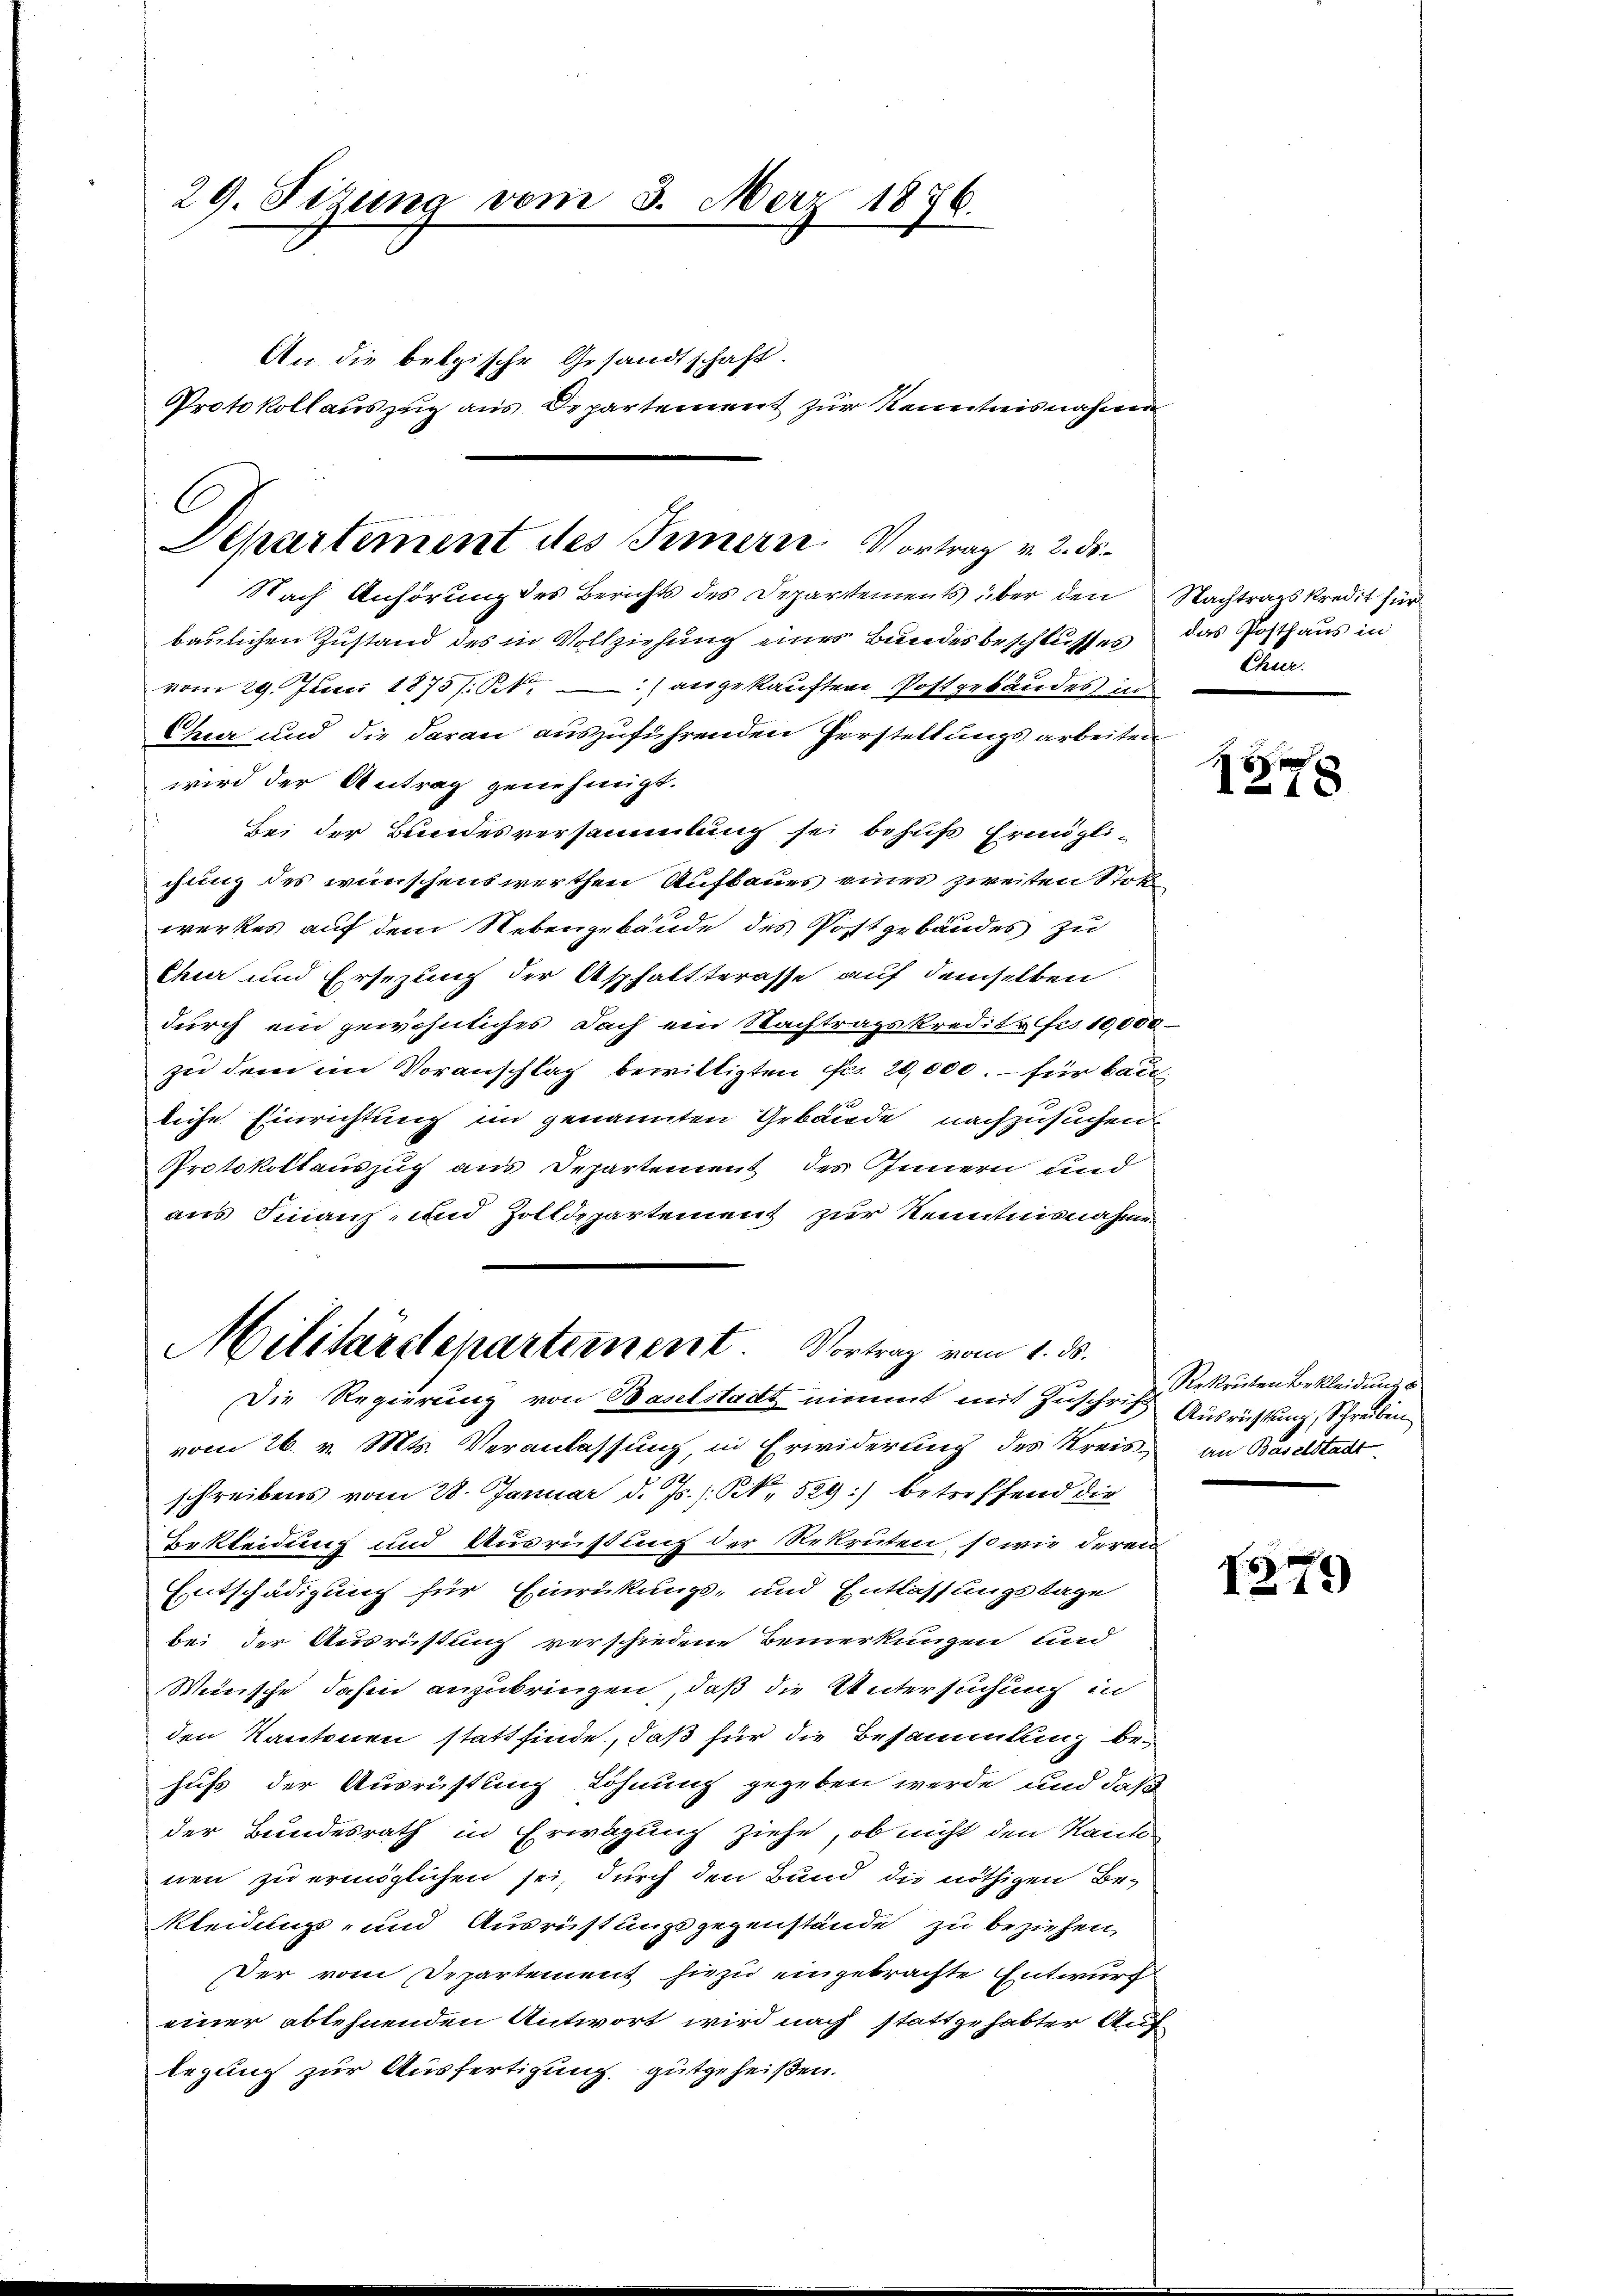
29. Sitzung vom 3. März 1876.
An die belgische Gesandtschaft.
Protokollauszug aus Departement zur Kenntnisnahme

Departement des Innern Vortrag v. 2. ds.
Nach Anhörung des Berichts des Departements über den

baulichen Zustand des in Vollziehung eines Bundesbeschlusses
vom 29. Juni 1873 f. St.) angekauften Postgebäudes in
Chier und die daran auszuführenden Herstellungsarbeiten
wird der Antrag genehmigt.
Bei der Bundesversammlung sei behufs Ermögli-
chung des weirischenswerthen Aufbaues eines zweiten Stok
werkes auf dem Nebengebäude des Postgebäudes zu
Chur und Ersezung der Asphaltterasse auf demselben
durch ein gewöhnliches Dach ein Nachtragskredite ses 10,00.
zu dem im Voranschlag bewilligten Fr. 20,000. – für bai
liche Einrichtung im genannten Gebäude nachzusuchen
Protokollauszug aus Departement des Innern und
aus Finanz- und Zolldepartement zur Kenntnisnahme
Militärstepartement. Vortrag vom 1. ds.
Die Regierung von Baselstadt nimmt mit Zuschrift Ausrichtung, Schreiben
vom 26. v. Mts. Veranlassung, in Erwiderung des Kreis an Baselstadtschreibens vom 28. Januar d. Js. s. S. 529) betreffend die
Bekleidung und Ausrüstung der Rekruten, so wie derei
Entschädigung für Einrückungs- und Entlassungstage
bei der Ausrüstung verschiedene Bemerkungen und
Weiische dahin anzubringen, daß die Untersuchung in
den Kantonen stattfinde, daß für die Besammlung behus der Ausrüstung Löhnung gegeben werde, und daß
der Bundesrath in Erwägung ziehe, ob nicht den Kant
nen zu ermöglichen sei, durch den Bund die nöthigen Be-
Kleidung, und Ausrüstungsgegenstände zu beziehen,
Der vom Departement hiezu eingebrachte Entwurf
einer ablehnenden Antwort wird nach stattgehabter Auf
legung zur Ausfertigung gutgeheißen.

Nachtragskredit für
das Posthaus in
Chuer.

xx
18

Rekruten Bekleidungs

1279